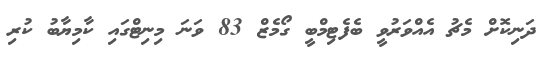
ދަނިކޮށް މެޗު އެއްވަރުވީ ބެފެޓިމްބީ ގޯމެޒް 83 ވަނަ މިނިޓްގައި ކާމިޔާބު ކުރި